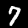
Digit: 7